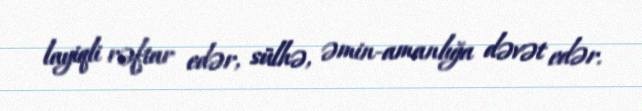
layiqli rəftar edər, sülhə, əmin-amanlığa dəvət edər.